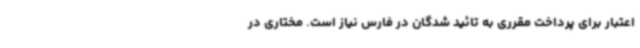
اعتبار برای پرداخت مقرری به تائید شدگان در فارس نیاز است. مختاری در